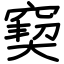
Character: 窫